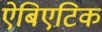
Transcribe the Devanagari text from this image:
ऐबिएटिक